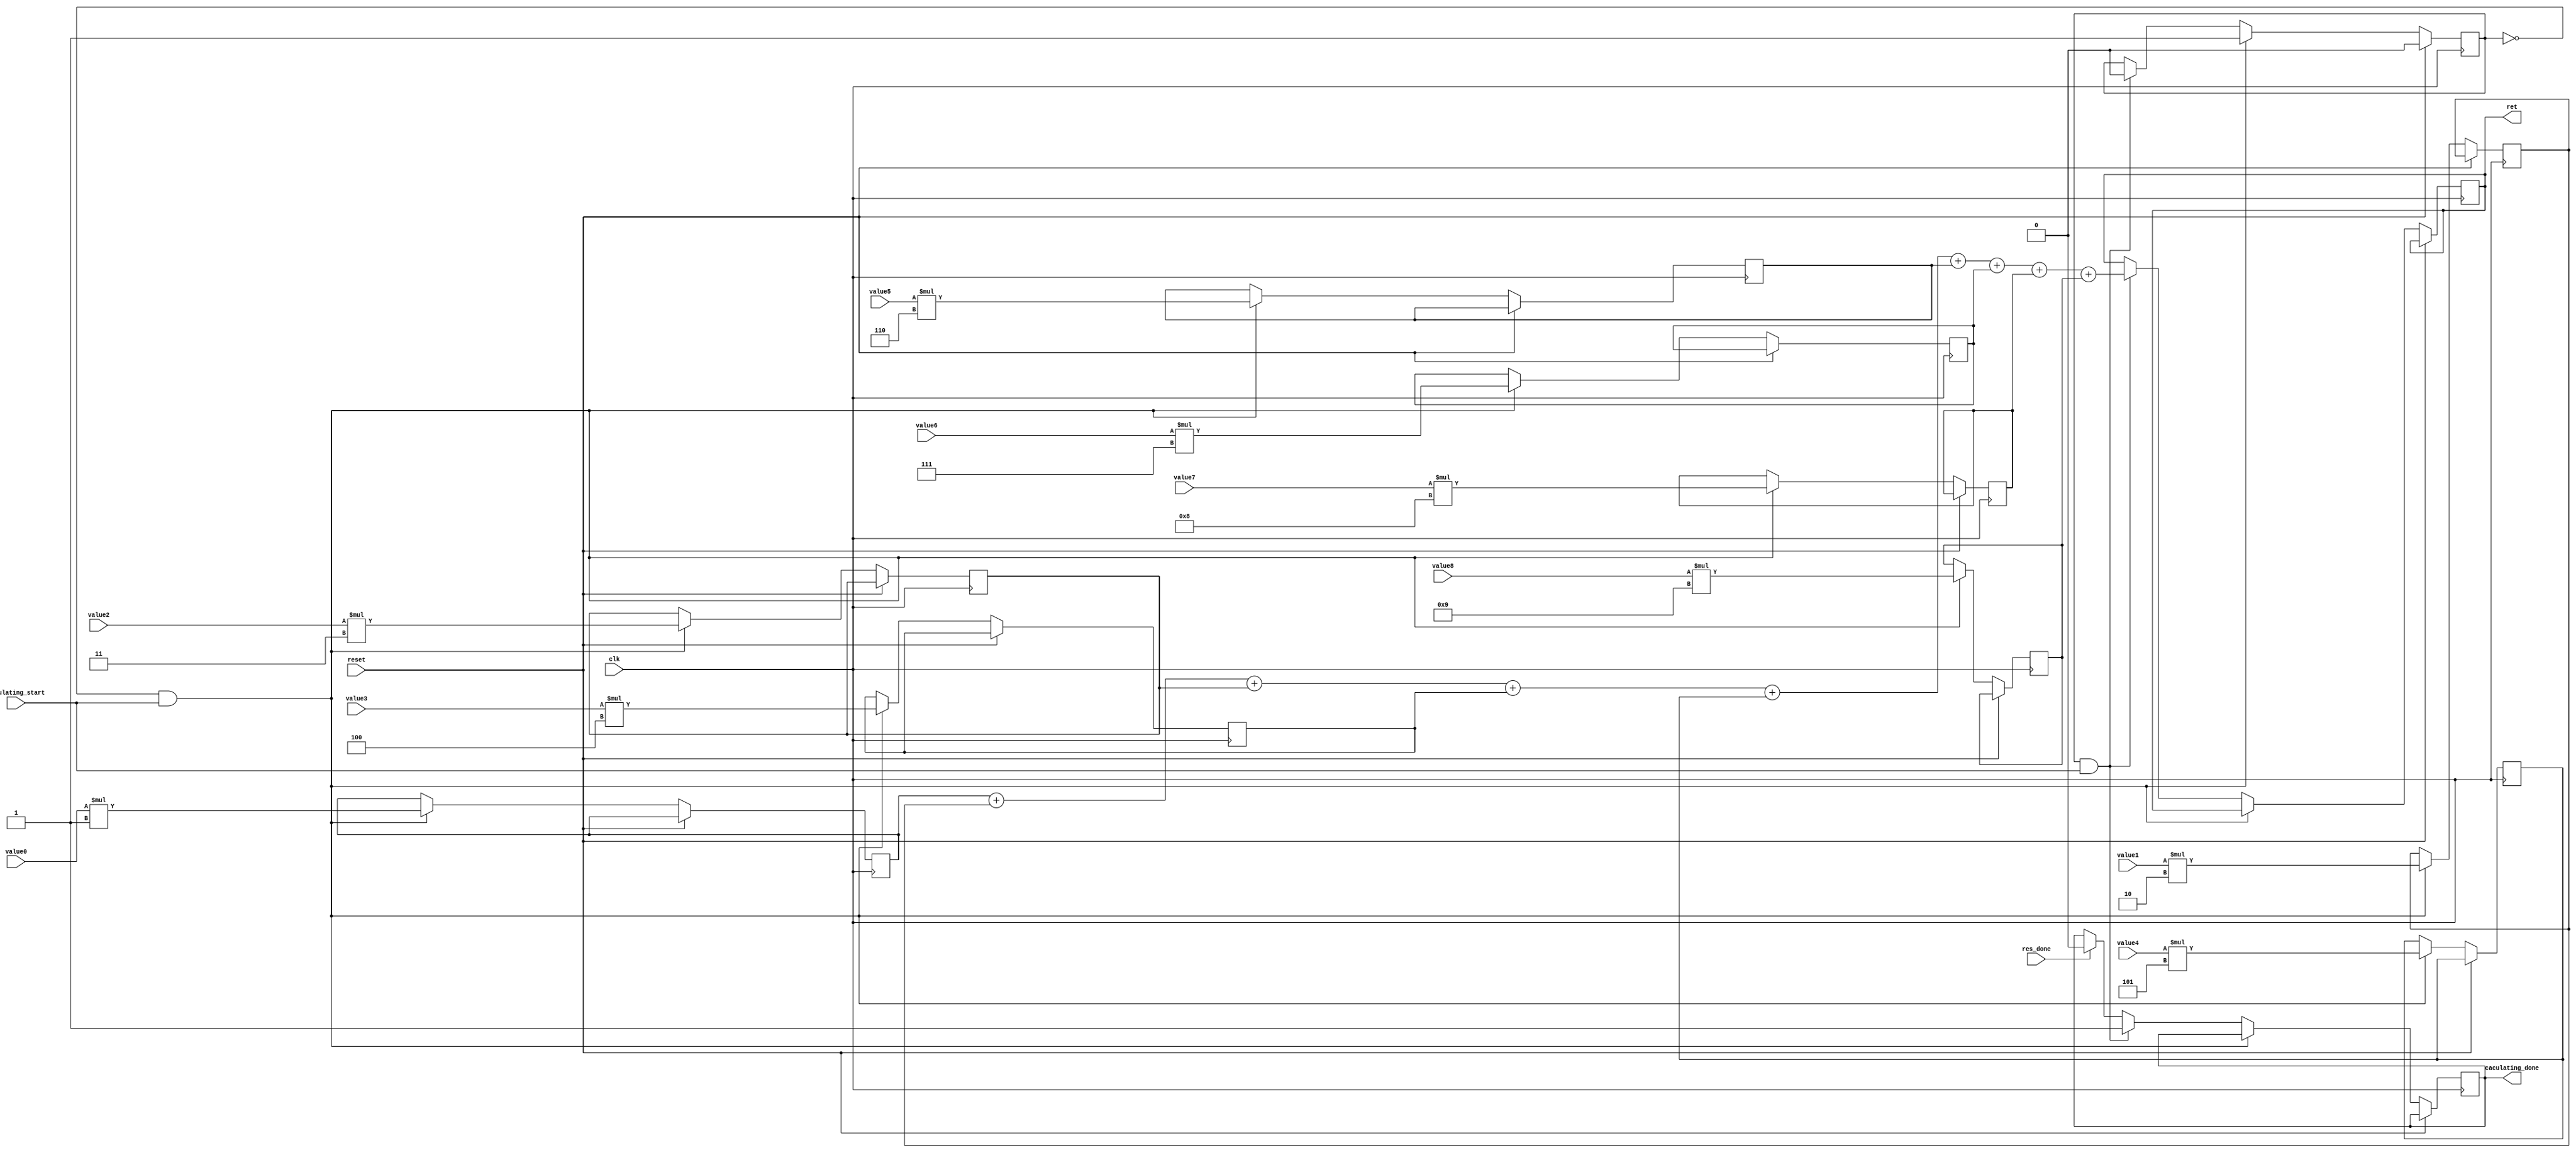
module convolution_core (
input clk,
input reset,
input [31:0] value0,
input [31:0] value1,
input [31:0] value2,
input [31:0] value3,
input [31:0] value4,
input [31:0] value5,
input [31:0] value6,
input [31:0] value7,
input [31:0] value8,
input caculating_start,
output caculating_done,
input res_done,
output [31:0] ret
);

	parameter kernel0 = 8'd1;
	parameter kernel1 = 8'd2;
	parameter kernel2 = 8'd3;
	parameter kernel3 = 8'd4;
	parameter kernel4 = 8'd5;
	parameter kernel5 = 8'd6;
	parameter kernel6 = 8'd7;
	parameter kernel7 = 8'd8;
	parameter kernel8 = 8'd9;
	
	reg [31:0] Add0,Add1,Add2,Add3,Add4,Add5,Add6,Add7,Add8;

	
	reg status;
	reg [31:0] Dout;
	assign ret = Dout;
	reg reg_caculating_done;
	assign caculating_done = reg_caculating_done;
	
	always @(posedge clk) begin
		if (reset) begin
			status <= 1'b0;
		end else if (status == 1'b0 && caculating_start) begin
			Add0 <= value0 * kernel0;
			Add1 <= value1 * kernel1;
			Add2 <= value2 * kernel2;
			Add3 <= value3 * kernel3;
			Add4 <= value4 * kernel4;
			Add5 <= value5 * kernel5;
			Add6 <= value6 * kernel6;
			Add7 <= value7 * kernel7;
			Add8 <= value8 * kernel8;
			status <= 1'b1;
		end else if (status == 1'b1 && caculating_start) begin
			Dout <= Add0+Add1+Add2+Add3+Add4+Add5+Add6+Add7+Add8;
			status <= 1'b0;
			reg_caculating_done <= 1'b1;
		end else if (res_done) begin
			reg_caculating_done <= 1'b0;
		end
	end 

endmodule